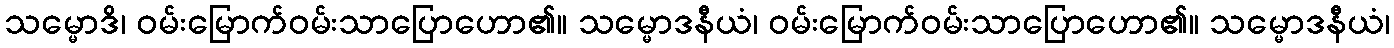
သမ္မောဒိ၊ ဝမ်းမြောက်ဝမ်းသာပြောဟော၏။ သမ္မောဒနီယံ၊ ဝမ်းမြောက်ဝမ်းသာပြောဟော၏။ သမ္မောဒနီယံ၊